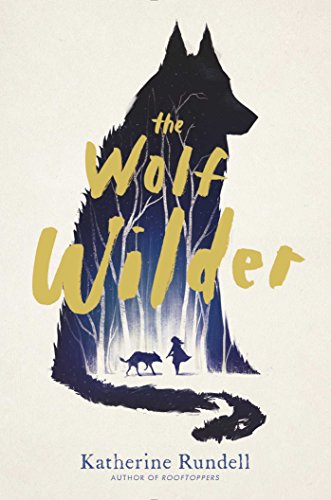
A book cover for The Wolf Wilder; Katherine Rundell; Children's Books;